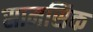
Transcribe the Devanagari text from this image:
सामसिक